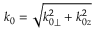
k _ { 0 } = \sqrt { k _ { 0 \perp } ^ { 2 } + k _ { 0 z } ^ { 2 } }